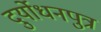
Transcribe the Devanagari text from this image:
दुर्योधनपुत्र